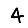
Digit: 4